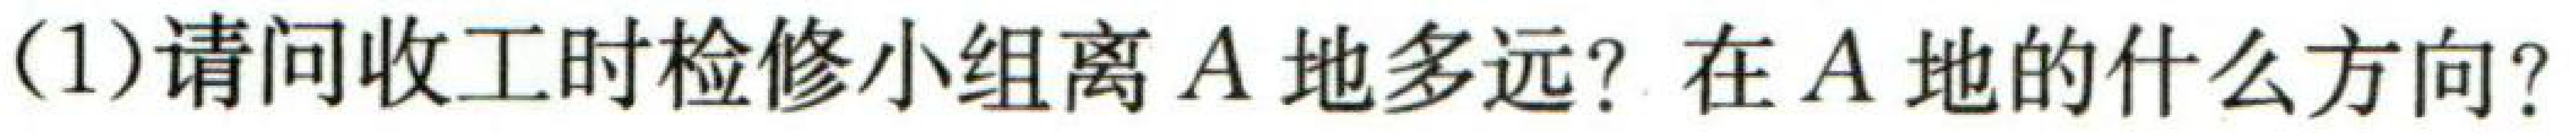
(1)请问收工时检修小组离\(A\)地多远？在\(A\)地的什么方向？